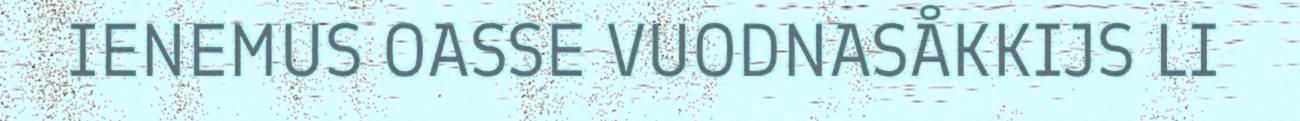
IENEMUS OASSE VUODNASÅKKIJS LI